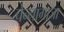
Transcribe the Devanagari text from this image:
चेन्‍नागाजा